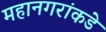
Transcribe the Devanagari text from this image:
महानगरांकडे